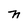
Character: n